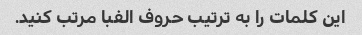
این کلمات را به ترتیب حروف الفبا مرتب کنید.